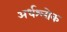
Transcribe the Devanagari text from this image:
अर्धश्लोक